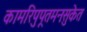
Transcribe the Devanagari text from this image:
कामरिपुपूतमनःसुकेत